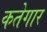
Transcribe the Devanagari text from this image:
कतेगार